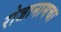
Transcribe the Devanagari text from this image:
रोजानामचा